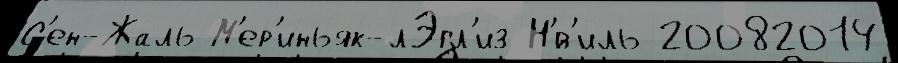
С'ен-Жаль М'ер'иньяк-лЭгл'из Н'́в'иль 20082014